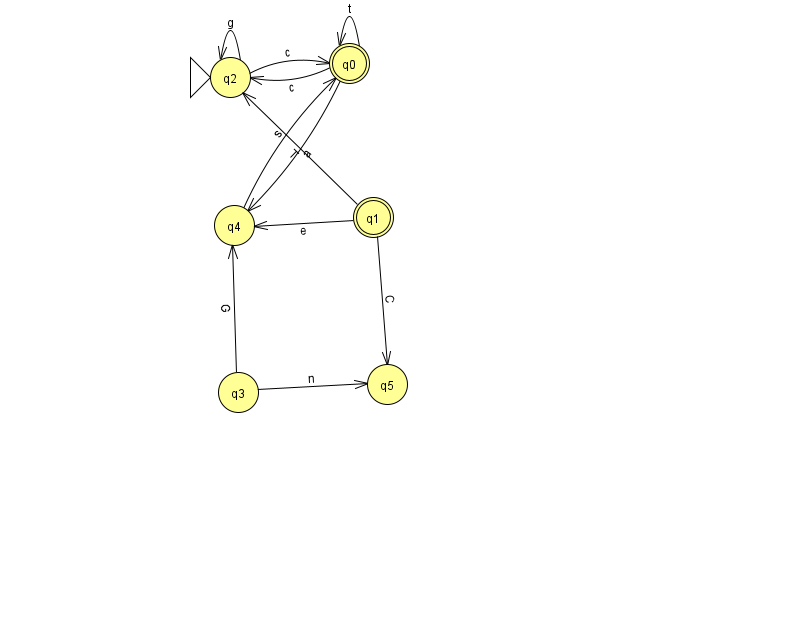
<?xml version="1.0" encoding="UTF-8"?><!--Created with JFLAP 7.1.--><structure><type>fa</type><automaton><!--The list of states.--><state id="0" name="q0"><x>349.0</x><y>50.0</y><final/></state><state id="1" name="q1"><x>373.0</x><y>204.0</y><final/></state><state id="2" name="q2"><x>230.0</x><y>64.0</y><initial/></state><state id="3" name="q3"><x>238.0</x><y>379.0</y></state><state id="4" name="q4"><x>234.0</x><y>212.0</y></state><state id="5" name="q5"><x>387.0</x><y>371.0</y></state><!--The list of transitions.--><transition><from>1</from><to>4</to><read>e</read></transition><transition><from>0</from><to>0</to><read>t</read></transition><transition><from>0</from><to>2</to><read>c</read></transition><transition><from>2</from><to>0</to><read>c</read></transition><transition><from>2</from><to>2</to><read>g</read></transition><transition><from>1</from><to>2</to><read>T</read></transition><transition><from>0</from><to>4</to><read>a</read></transition><transition><from>3</from><to>4</to><read>G</read></transition><transition><from>1</from><to>5</to><read>C</read></transition><transition><from>4</from><to>0</to><read>s</read></transition><transition><from>3</from><to>5</to><read>n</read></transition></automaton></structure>